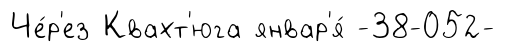
Че́р'ез Квахт'юга январ'я́ -38-052-